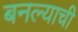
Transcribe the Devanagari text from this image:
बनल्याची